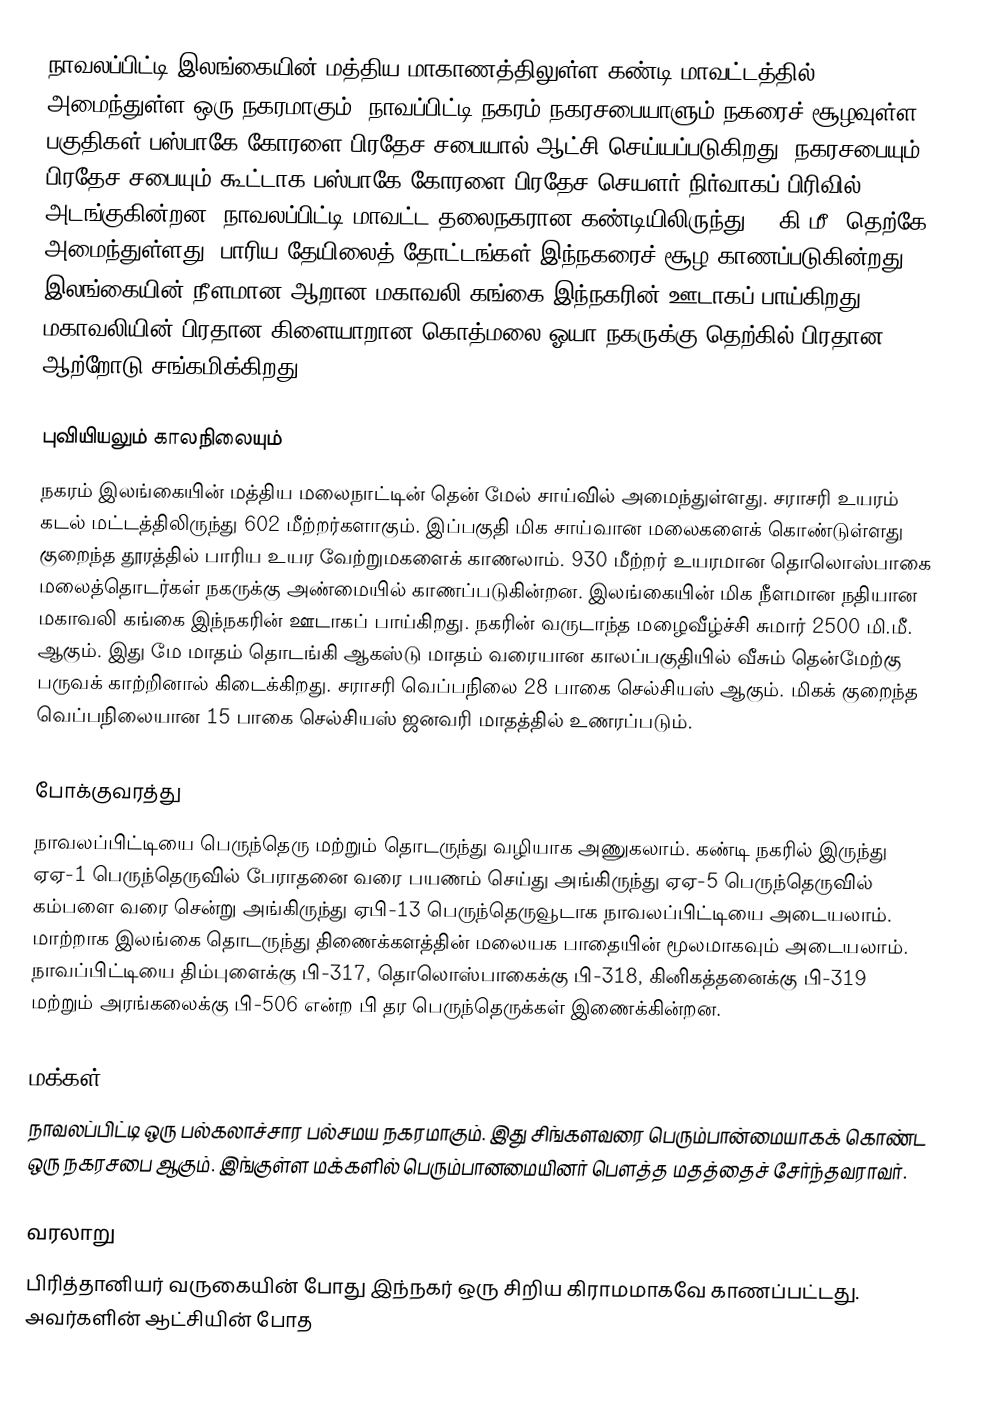
நாவலப்பிட்டி இலங்கையின் மத்திய மாகாணத்திலுள்ள கண்டி மாவட்டத்தில் அமைந்துள்ள ஒரு நகரமாகும். நாவப்பிட்டி நகரம் நகரசபையாளும் நகரைச் சூழவுள்ள பகுதிகள் பஸ்பாகே கோரளை பிரதேச சபையால் ஆட்சி செய்யப்படுகிறது. நகரசபையும் பிரதேச சபையும் கூட்டாக பஸ்பாகே கோரளை பிரதேச செயளர் நிர்வாகப் பிரிவில் அடங்குகின்றன. நாவலப்பிட்டி மாவட்ட தலைநகரான கண்டியிலிருந்து 38 கி.மீ. தெற்கே அமைந்துள்ளது. பாரிய தேயிலைத் தோட்டங்கள் இந்நகரைச் சூழ காணப்படுகின்றது. இலங்கையின் நீளமான ஆறான மகாவலி கங்கை இந்நகரின் ஊடாகப் பாய்கிறது. மகாவலியின் பிரதான கிளையாறான கொத்மலை ஓயா நகருக்கு தெற்கில் பிரதான ஆற்றோடு சங்கமிக்கிறது.

புவியியலும் காலநிலையும்
நகரம் இலங்கையின் மத்திய மலைநாட்டின் தென் மேல் சாய்வில் அமைந்துள்ளது. சராசரி உயரம் கடல் மட்டத்திலிருந்து 602 மீற்றர்களாகும். இப்பகுதி மிக சாய்வான மலைகளைக் கொண்டுள்ளது குறைந்த தூரத்தில் பாரிய உயர வேற்றுமகளைக் காணலாம். 930 மீற்றர் உயரமான தொலொஸ்பாகை மலைத்தொடர்கள் நகருக்கு அண்மையில் காணப்படுகின்றன. இலங்கையின் மிக நீளமான நதியான மகாவலி கங்கை இந்நகரின் ஊடாகப் பாய்கிறது. நகரின் வருடாந்த மழைவீழ்ச்சி சுமார் 2500 மி.மீ. ஆகும். இது மே மாதம் தொடங்கி ஆகஸ்டு மாதம் வரையான காலப்பகுதியில் வீசும் தென்மேற்கு பருவக் காற்றினால் கிடைக்கிறது. சராசரி வெப்பநிலை 28 பாகை செல்சியஸ் ஆகும். மிகக் குறைந்த வெப்பநிலையான 15 பாகை செல்சியஸ் ஜனவரி மாதத்தில் உணரப்படும்.

போக்குவரத்து
நாவலப்பிட்டியை பெருந்தெரு மற்றும் தொடருந்து வழியாக அணுகலாம். கண்டி நகரில் இருந்து ஏஏ-1 பெருந்தெருவில் பேராதனை வரை பயணம் செய்து அங்கிருந்து ஏஏ-5 பெருந்தெருவில் கம்பளை வரை சென்று அங்கிருந்து  ஏபி-13 பெருந்தெருவூடாக நாவலப்பிட்டியை அடையலாம். மாற்றாக இலங்கை தொடருந்து திணைக்களத்தின் மலையக பாதையின் மூலமாகவும் அடையலாம். நாவப்பிட்டியை திம்புளைக்கு பி-317, தொலொஸ்பாகைக்கு பி-318, கினிகத்தனைக்கு பி-319 மற்றும் அரங்கலைக்கு பி-506 என்ற பி தர பெருந்தெருக்கள் இணைக்கின்றன.

மக்கள்
நாவலப்பிட்டி ஒரு பல்கலாச்சார பல்சமய நகரமாகும். இது சிங்களவரை பெரும்பான்மையாகக் கொண்ட ஒரு நகரசபை ஆகும். இங்குள்ள மக்களில் பெரும்பானமையினர் பௌத்த மதத்தைச் சேர்ந்தவராவர்.

வரலாறு
பிரித்தானியர் வருகையின் போது இந்நகர் ஒரு சிறிய கிராமமாகவே காணப்பட்டது. அவர்களின் ஆட்சியின் போத